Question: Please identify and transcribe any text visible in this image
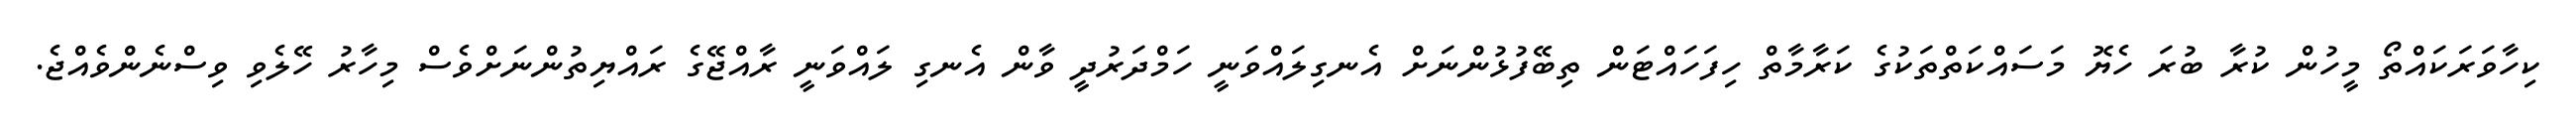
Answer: ކިހާވަރަކައްތޯ މީހުން ކުރާ ބުރަ ހެޔޮ މަސައްކަތްތަކުގެ ކަރާމާތް ހިފަހައްޓަން ތިބޭފުޅުންނަށް އެނގިލައްވަނީ ހަމްދަރުދީ ވާން އެނގި ލައްވަނީ ރާއްޖޭގެ ރައްޔިތުންނަށްވެސް މިހާރު ހޭލެވި ވިސްނެންވެއްޖެ.